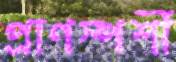
প্রাণস্পর্শী